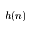
h ( n )